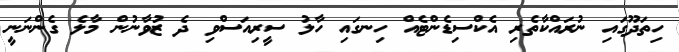
ހިތަދޫގައި ނުރައްކާތެރި އެކްސިޑެންޓެއް ހިނގައި ހާލު ސީރިއަސްވި ދެ ޒުވާނުން މާލެ ގެންނަނީ